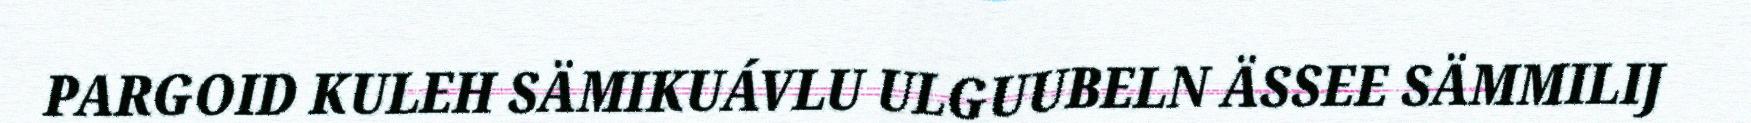
PARGOID KULEH SÄMIKUÁVLU ULGUUBELN ÄSSEE SÄMMILIJ